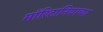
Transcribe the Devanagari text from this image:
मॉरिटानियाच्या